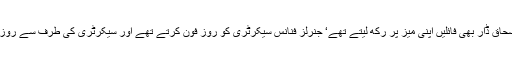
پرنسپل سیکرٹری فواد حسن فواد فوج کی ہر سمری اور ہر فائل روک لیتے تھے‘ وزیر خزانہ اسحاق ڈار بھی فائلیں اپنی میز پر رکھ لیتے تھے‘ جنرلز فنانس سیکرٹری کو روز فون کرتے تھے اور سیکرٹری کی طرف سے روز ”صاحب کا انتظار کر رہے ہیں“ کا جواب آتا تھا‘ آپ کو یہ کرنے کی بھی کیا ضرورت تھی؟